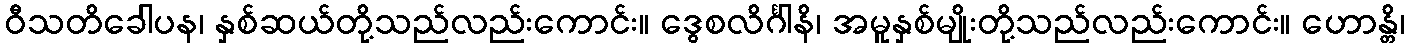
ဝီသတိခေါပန၊ နှစ်ဆယ်တို့သည်လည်းကောင်း။ ဒွေစလိင်္ဂါနိ၊ အမူနှစ်မျိုးတို့သည်လည်းကောင်း။ ဟောန္တိ၊